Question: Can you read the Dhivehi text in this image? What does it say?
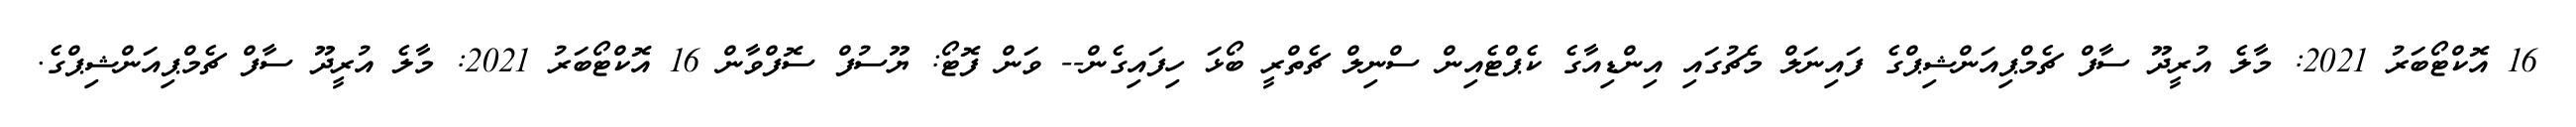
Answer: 16 އޮކްޓޯބަރު 2021: މާލެ އުރީދޫ ސާފް ޗެމްޕިއަންޝިޕްގެ ފައިނަލް މެޗުގައި އިންޑިއާގެ ކެޕްޓެއިން ސްނިލް ޗެތްރީ ބޯޅަ ހިފައިގެން-- ވަން ފޮޓޯ: ޔޫސުފް ސޮފްވާން 16 އޮކްޓޯބަރު 2021: މާލެ އުރީދޫ ސާފް ޗެމްޕިއަންޝިޕްގެ.